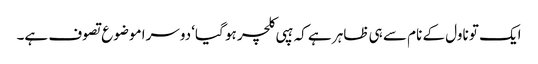
ایک تو ناول کے نام سے ہی ظاہر ہے کہ ہپی کلچر ہو گیا‘ دوسرا موضوع تصوف ہے۔